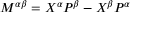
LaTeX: M ^ { \alpha \beta } = X ^ { \alpha } P ^ { \beta } - X ^ { \beta } P ^ { \alpha }